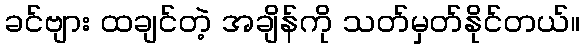
ခင်ဗျား ထချင်တဲ့ အချိန်ကို သတ်မှတ်နိုင်တယ်။